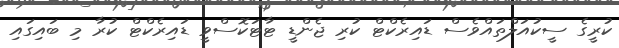
ކުރީގެ ސީކުއަލްތައްވެސް ޑައިރެކްޓް ކުރި ޖެންޑީ ޓާޓަކޮސްވީ ޑައިރެކްޓް ކުރާ މި ބައިގައި